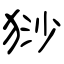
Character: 猀